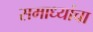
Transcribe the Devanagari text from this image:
समाध्यांचा